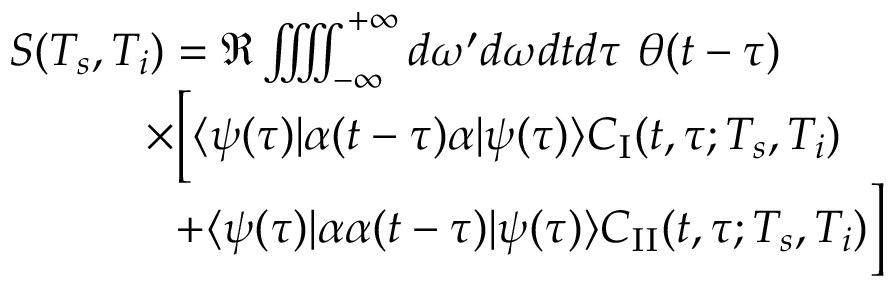
\begin{array} { r l } & { S ( T _ { s } , T _ { i } ) = \Re \iiiint _ { - \infty } ^ { + \infty } d \omega ^ { \prime } d \omega d t d \tau \ \theta ( t - \tau ) } \\ & { \qquad \quad \times \Big [ \langle \psi ( \tau ) | \alpha ( t - \tau ) \alpha | \psi ( \tau ) \rangle C _ { \mathrm { I } } ( t , \tau ; T _ { s } , T _ { i } ) } \\ & { \qquad \quad \ \ + \langle \psi ( \tau ) | \alpha \alpha ( t - \tau ) | \psi ( \tau ) \rangle C _ { \mathrm { I I } } ( t , \tau ; T _ { s } , T _ { i } ) \Big ] } \end{array}